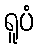
ရူပံ